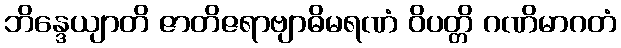
ဘိန္ဒေယျာတိ ဇာတိဇရာဗျာဓိမရဏံ ဝိပတ္တိ ဂဏိမာဂတံ